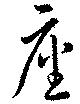
座